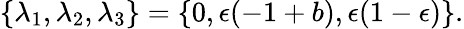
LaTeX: \{ \lambda_{1},\lambda_{2},\lambda_{3}\} =\{ 0,\epsilon(-1+b),\epsilon(1-\epsilon)\} .